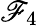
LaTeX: \mathscr{F}_{4}